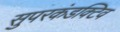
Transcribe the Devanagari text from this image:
सुपरकंडक्टिव